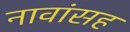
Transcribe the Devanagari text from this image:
नावांसह